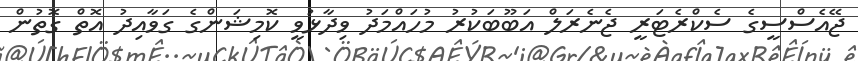
ޖޭއެސްސީގެ ސެކްރެޓަރީ ޖެނެރަލް އަބޫބަކުރު މުހައްމަދު ވިދާޅުވީ ކޮމިޝަންގެ ގަވާއިދު އޮތް ގޮތުން